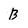
Character: B